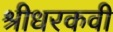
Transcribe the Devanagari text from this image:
श्रीधरकवी